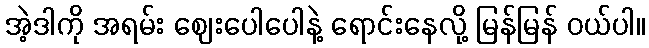
အဲ့ဒါကို အရမ်း ဈေးပေါပေါနဲ့ ရောင်းနေလို့ မြန်မြန် ဝယ်ပါ။